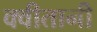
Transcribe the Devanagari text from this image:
क्वीतानी